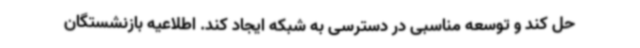
حل کند و توسعه مناسبی در دسترسی به شبکه ایجاد کند. اطلاعیه بازنشستگان